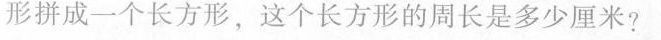
形拼成一个长方形，这个长方形的周长是多少厘米?